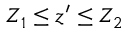
Z _ { 1 } \leq z ^ { \prime } \leq Z _ { 2 }